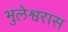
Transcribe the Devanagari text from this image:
भुलेश्वरास